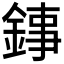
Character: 𨧫